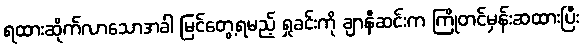
ရထားဆိုက်လာသောအခါ မြင်တွေ့ရမည့် ရှုခင်းကို ချာနီဆင်းက ကြိုတင်မှန်းဆထားပြီး